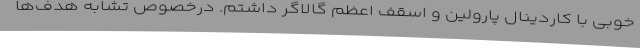
خوبی با کاردینال پارولین و اسقف اعظم گالاگر داشتم. درخصوص تشابه هدف‌ها